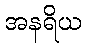
အနရိယ